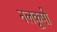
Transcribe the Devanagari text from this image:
नलकूपो